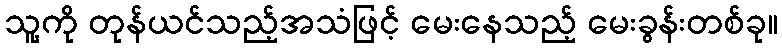
သူ့ကို တုန်ယင်သည့်အသံဖြင့် မေးနေသည့် မေးခွန်းတစ်ခု။